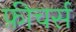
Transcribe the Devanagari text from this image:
फ़ीचर्स